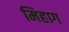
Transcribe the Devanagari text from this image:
मिहाग